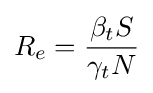
R_{e}={\frac {\beta _{t}S}{\gamma _{t}N}}